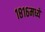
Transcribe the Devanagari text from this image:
१८१६मध्ये